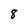
Character: 8